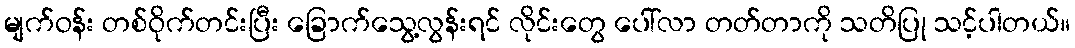
မျက်ဝန်း တစ်ဝိုက်တင်းပြီး ခြောက်သွေ့လွန်းရင် လိုင်းတွေ ပေါ်လာ တတ်တာကို သတိပြု သင့်ပါတယ်။